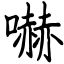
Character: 嚇